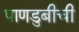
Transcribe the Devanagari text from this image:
पाणडुबीची